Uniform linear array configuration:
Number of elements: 8
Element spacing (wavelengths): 0.25
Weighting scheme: blackman
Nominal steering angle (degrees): -15
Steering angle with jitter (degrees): -15.691
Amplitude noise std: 0.05
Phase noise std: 0.05

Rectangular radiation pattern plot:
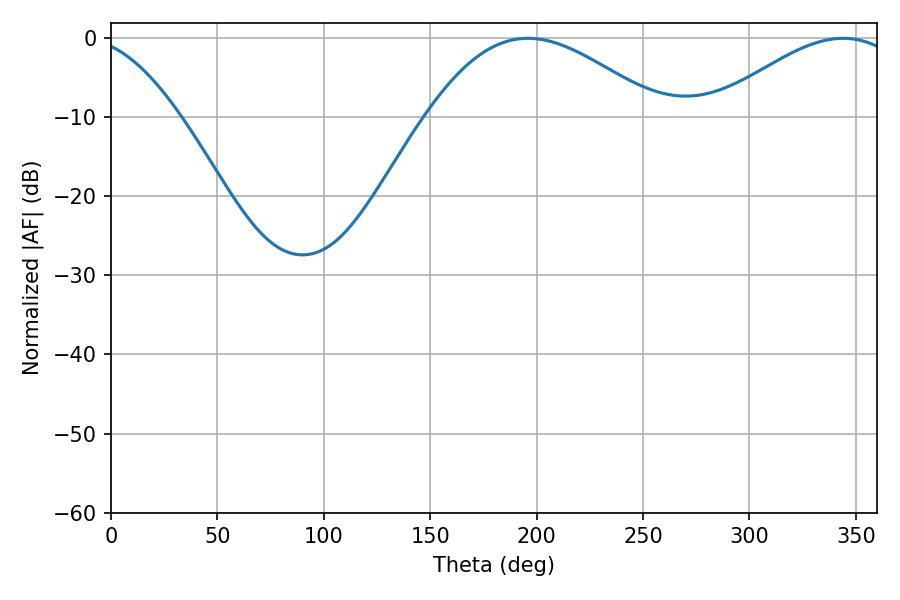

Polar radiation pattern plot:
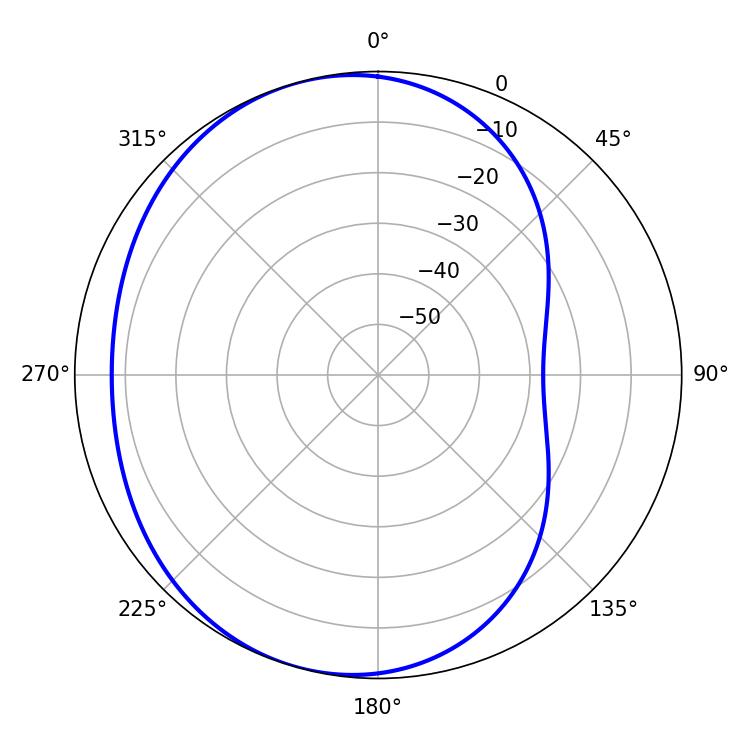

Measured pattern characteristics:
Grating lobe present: FALSE
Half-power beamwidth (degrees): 59.22
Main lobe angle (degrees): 195.84